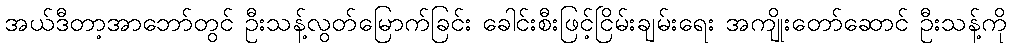
အယ်ဒီတာ့အာဘော်တွင် ဦးသန့်လွတ်မြောက်ခြင်း ခေါင်းစီးဖြင့်ငြိမ်းချမ်းရေး အကျိုးတော်ဆောင် ဦးသန့်ကို